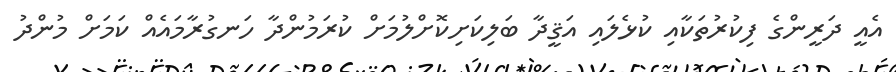
އެއީ ދަރީންގެ ފިކުުރުތަކާއި ކުޅެލައި އަޤީދާ ބަލިކަށިކޮށްލުމަށް ކުރަމުންދާ ހަނގުރާމައެއް ކަމަށް މުންދު